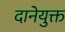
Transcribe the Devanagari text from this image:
दानेयुक्त